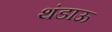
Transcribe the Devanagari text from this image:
थंडाऊ